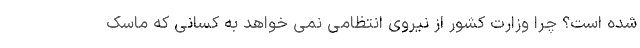
شده است؟ چرا وزارت کشور از نیروی انتظامی نمی خواهد به کسانی که ماسک